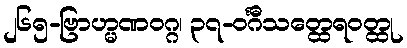
၂၆၅-ဗြာဟ္မဏဝဂ္ဂ၊ ၃၇-ဝင်္ဂီသတ္ထေရဝတ္ထု